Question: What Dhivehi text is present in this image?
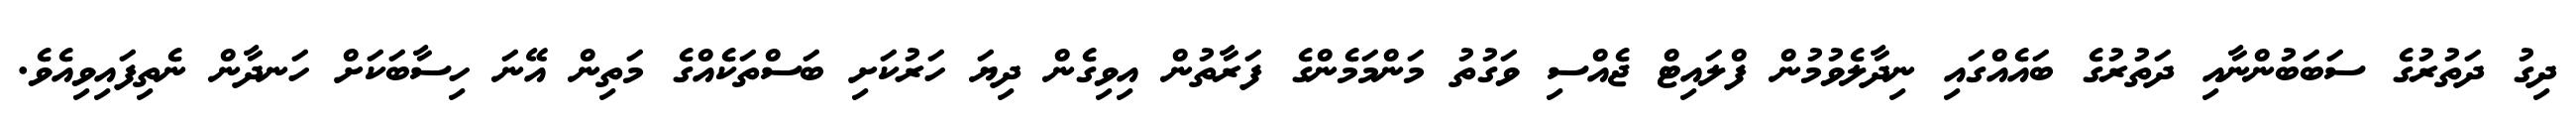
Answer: ދިގު ދަތުރުގެ ސަބަބުންނާއި ދަތުރުގެ ބައެއްގައި ނިދާލެވުމުން ފްލައިޓް ޖެއްސި ވަގުތު މަންމަމެންގެ ފަރާތުން އިވިގެން ދިޔަ ހަރުކަށި ބަސްތަކެއްގެ މަތިން އޭނަ ހިސާބަކަށް ހަނދާން ނެތިފައިވިއެވެ.